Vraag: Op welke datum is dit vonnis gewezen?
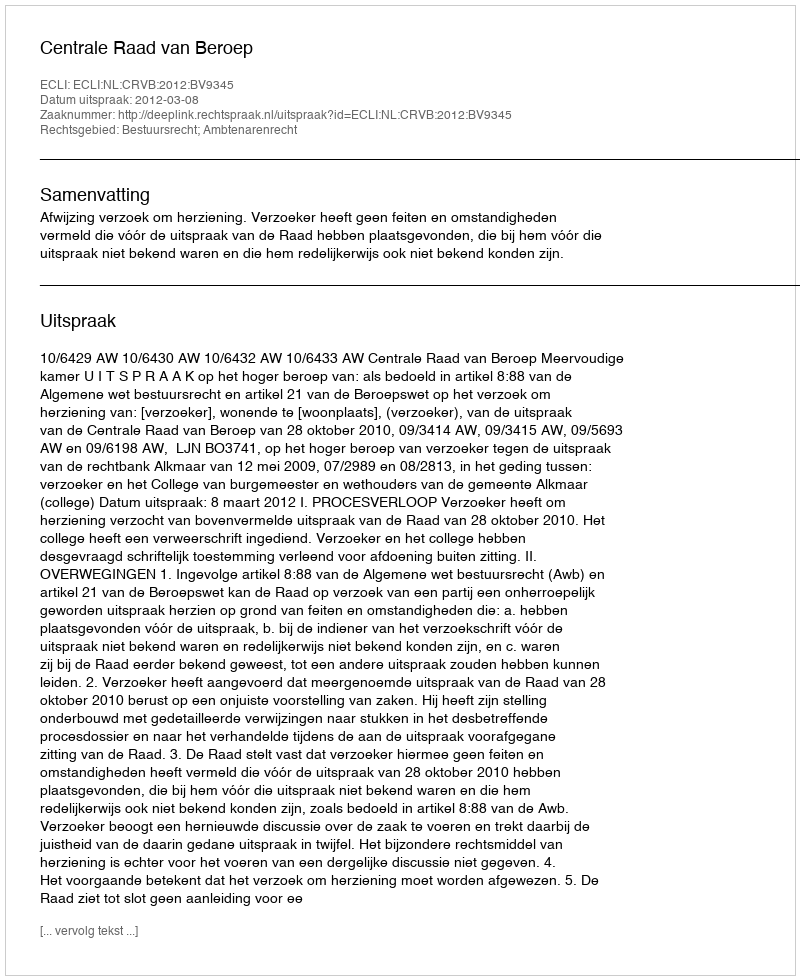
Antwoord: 2012-03-08